Indian journal of veterinary science and animal husbandry - Volume 11,
Year: 1941
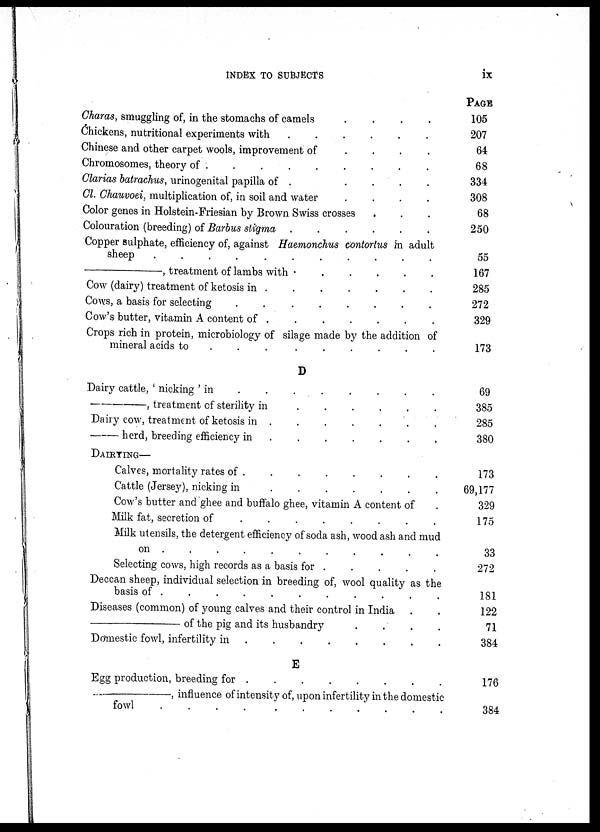
INDEX TO SUBJECTS
ix
Charas, smuggling of, in the stomachs of camels
.
.
.
.
Chickens, nutritional experiments with
.
.
.
.
.
.
Chinese and other carpet wools, improvement of
.
.
.
.
Chromosomes, theory of .
.
.
.
.
.
.
.
Clarias batrachus, urinogenital papilla of . . . . . . . . . .
Cl. Chauvoei. multiplication of, in soil and water
.
.
.
.
Color genes in Holstein-Friesian by Brown Swiss crosses . . .
Colouration (breeding) of Barbus stigma .
.
.
.
.
.
Copper sulphate, efficiency of, against Haemonchus contortus in adult
sheep
.
.
.
.
.
.
.
.
.
.
.
—,
treatment of lambs with
.
.
.
.
.
Cow (dairy) treatment of ketosis in . . . . . . . . . .
Cows, a basis for selecting
.
.
.
.
.
.
.
.
Cow's butter, vitamin A content of . . . . . . . . . .
Crops rich in protein, microbiology of silage made by the addition of
mineral acids to
.
.
.
.
.
.
D
Dairy cattle, ' nicking ' in
.
.
.
.
.
.
.
—,
treatment of sterility in
.
.
.
.
.
.
Dairy cow, treatment of ketosis in .
.
.
.
.
.
.
—
herd, breeding efficiency in
.
.
.
.
.
.
DAIRYING—
Calves, mortality rates of . . . . . . . . . .
Cattle (Jersey), nicking in
.
.
.
.
.
.
.
Cow's butter and ghee and buffalo ghee, vitamin A content of .
Milk fat, secretion of
.
.
.
.
.
.
.
Milk utensils, the detergent efficiency of soda ash, wood ash and mud
on .
.
.
.
.
.
.
.
.
.
Selecting cows, high records as a basis for . . . . . . . . . .
Deccan sheep, individual selection in breeding of, wool quality as the
basis of . . . . . . . . . .
Diseases (common) of young calves and their control in India . .
—of
the pig and its husbandry
.
.
.
.
Domestic fowl, infertility in . . . . . . . . . .
E
Egg production, breeding for . . . . . . . . . .
—,
influence of intensity of, upon infertility in the domestic
fowl . . . . . . . . . .
PAGE
105
207
64
68
334
308
68
250
55
167
285
272
329
173
69
385
285
380
173
69,177
329
175
33
272
181
122
71
384
176
384